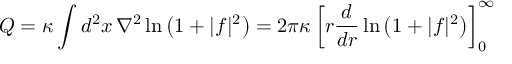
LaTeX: Q = \kappa \int d ^ { 2 } x \, \nabla ^ { 2 } \ln \left( 1 + | f | ^ { 2 } \right) = 2 \pi \kappa \left[ r { \frac { d } { d r } } \ln \left( 1 + | f | ^ { 2 } \right) \right] _ { 0 } ^ { \infty }